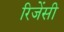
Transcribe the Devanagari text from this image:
रिजेंसी